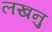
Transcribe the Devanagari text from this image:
लखनु